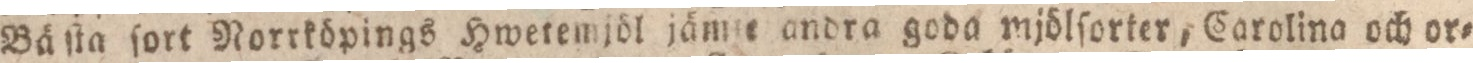
Bä ſta ſort Norrköpings Hwetemjöl jämte andra goda mjölſorter, Carolina och or=